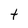
Character: t